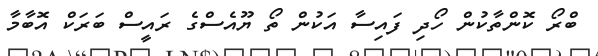
ބްރޯ ކޮންތާކުން ހޯދި ފައިސާ އަކުން ތޯ ޔޫއެސްގެ ރަައީސް ބަރަކް އޮބާމާ